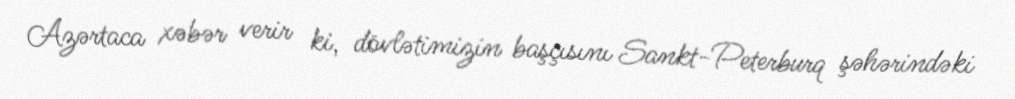
Azərtaca xəbər verir ki, dövlətimizin başçısını Sankt-Peterburq şəhərindəki